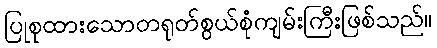
ပြုစုထားသောတရုတ်စွယ်စုံကျမ်းကြီးဖြစ်သည်။